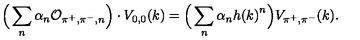
\Big ( \sum _ { n } \alpha _ { n } { \cal O } _ { \pi ^ { + } , \pi ^ { - } , n } \Big ) \cdot V _ { 0 , 0 } ( k ) = \Big ( \sum _ { n } \alpha _ { n } { h ( k ) } ^ { n } \Big ) V _ { \pi ^ { + } , \pi ^ { - } } ( k ) .